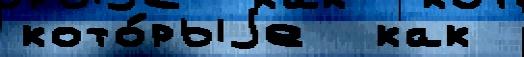
кото́рыjе  как